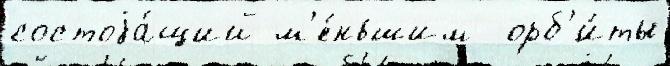
состоjа́щий м'е́ньшим  орб'и́ты